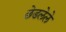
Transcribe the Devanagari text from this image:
छेडलेले